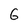
Character: 6